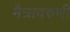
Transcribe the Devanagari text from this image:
मैत्रावरुणी